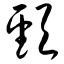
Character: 颈